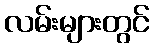
လမ်းများတွင်